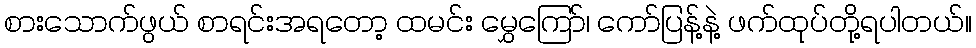
စားသောက်ဖွယ် စာရင်းအရတော့ ထမင်း မွှေကြော်၊ ကော်ပြန့်နဲ့ ဖက်ထုပ်တို့ရပါတယ်။